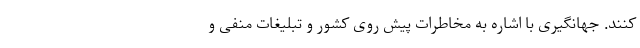
کنند. جهانگیری با اشاره به مخاطرات پیش روی کشور و تبلیغات منفی و